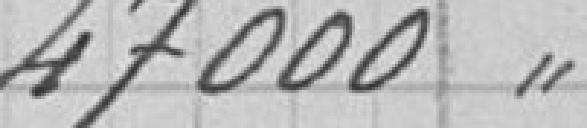
47 000